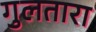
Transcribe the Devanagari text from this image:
गुलतारा